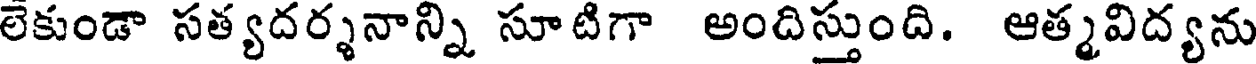
లేకుండా సత్యదర్శనాన్ని సూటిగా అందిస్తుంది. ఆత్మవిద్యను